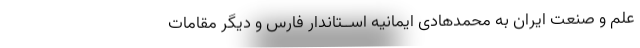
علم و صنعت ایران به محمدهادی ایمانیه اســتاندار فارس و دیگر مقامات